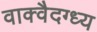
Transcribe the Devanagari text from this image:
वाक्वैदग्ध्य